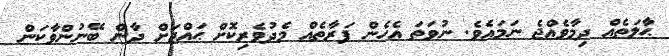
ޙާލަތެއް ދިމާވެއްޖެ ނަމައެވެ. ނުވަތަ އެހެން ފަރާތެއް މެދުވެރިކޮށް ޙައްޖަށް ދާން ބޭނުންވާކަން